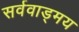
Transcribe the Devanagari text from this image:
सर्ववाड्मय